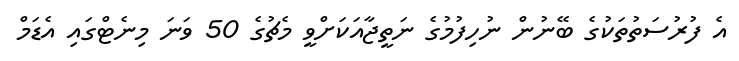
އެ ފުރުސަތުތަކުގެ ބޭނުން ނުހިފުމުގެ ނަތީޖާއަކަށްވީ މެޗުގެ 50 ވަނަ މިނެޓްގައި އެޑަމް